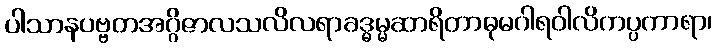
ပါသာနပဗ္ဗတအဂ္ဂိဇာလသလိလရာခဒ္ဓမ္မဆာရိတာဓုမဂါရဝါလိကပ္ပကာရာ၊